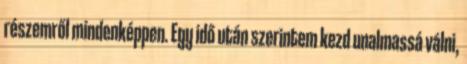
részemről mindenképpen. Egy idő után szerintem kezd unalmassá válni,